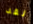
لقد